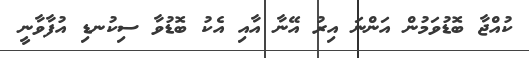
ކުއްޖާ ބޮޑުވަމުން އަންނަ އިރު އޭނާ އާއި އެކު ބޮޑުވާ ސިކުނޑި އުފާވާނީ